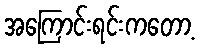
အကြောင်းရင်းကတော့